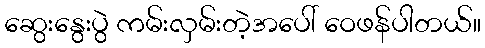
ဆွေးနွေးပွဲ ကမ်းလှမ်းတဲ့အပေါ် ဝေဖန်ပါတယ်။